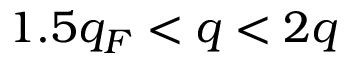
1 . 5 q _ { F } < q < 2 q